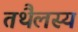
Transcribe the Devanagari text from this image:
तथैलस्य